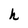
Character: h